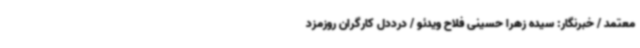
معتمد / خبرنگار: سیده زهرا حسینی فلاح ویدئو / درددل کارگران روزمزد